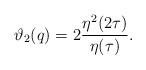
LaTeX: \begin{align*}\vartheta_2(q) =2\frac{\eta^2(2\tau)}{\eta(\tau)}.\end{align*}